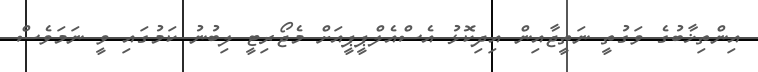
އިންތިޚާބުގެ ވަގުތީ ނަތީޖާއިން އިދިކޮޅު އެސްއެލްޕީޕީއަށް މެޖޯރިޓީ ލިބުނު ކަމުގައި ވީ ނަމަވެސް